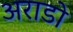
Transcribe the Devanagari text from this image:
अराडो